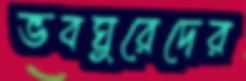
ভবঘুরেদের